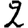
Digit: 2